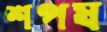
শপয